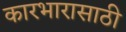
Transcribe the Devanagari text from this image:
कारभारासाठी